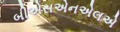
બીએસએનએલએ